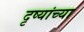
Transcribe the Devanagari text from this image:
दृष्यांच्या